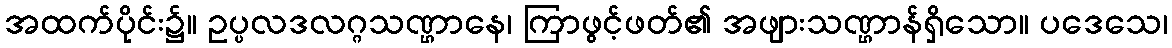
အထက်ပိုင်း၌။ ဥပ္ပလဒလဂ္ဂသဏ္ဌာနေ၊ ကြာဖွင့်ဖတ်၏ အဖျားသဏ္ဌာန်ရှိသော။ ပဒေသေ၊